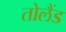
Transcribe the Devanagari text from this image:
तोलैंड